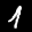
Label: 1